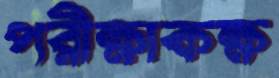
পরীক্ষাকক্ষ